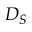
D _ { S }